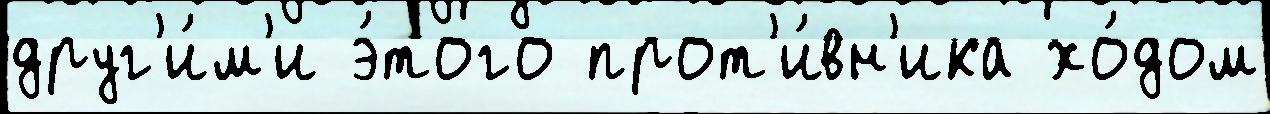
друг'и́м'и э́того прот'и́вн'ика хо́дом